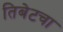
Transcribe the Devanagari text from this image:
तिबेटचा